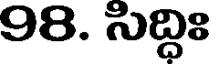
98. సిద్ధిః